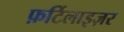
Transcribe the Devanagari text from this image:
फ़र्टिलाइज़र